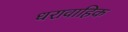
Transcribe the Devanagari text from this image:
धरावाहिक